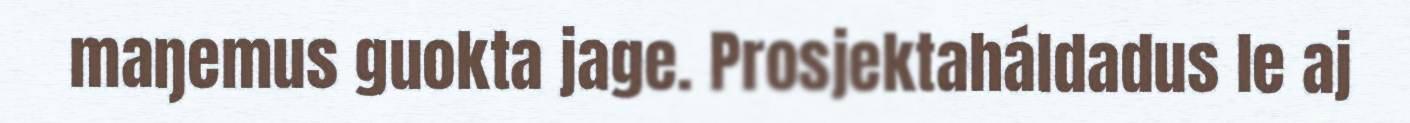
maŋemus guokta jage. Prosjektaháldadus le aj